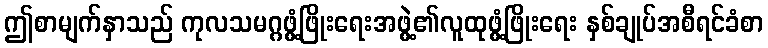
ဤစာမျက်နှာသည် ကုလသမဂ္ဂဖွံ့ဖြိုးရေးအဖွဲ့၏လူထုဖွံ့ဖြိုးရေး နှစ်ချုပ်အစီရင်ခံစာ